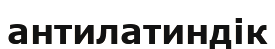
антилатиндік